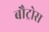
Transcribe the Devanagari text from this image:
बौट्रोस